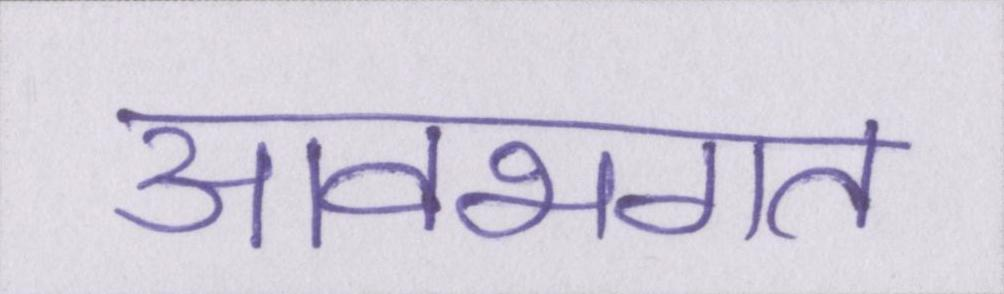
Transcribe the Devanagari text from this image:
आवभगत